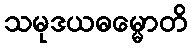
သမုဒယဓမ္မောတိ